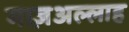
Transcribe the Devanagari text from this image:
माज़अल्लाह